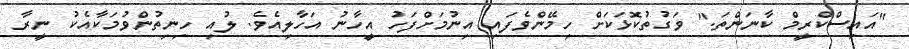
"އައިސްކްރީމް ކާނަންތަ." ވަގުތުކޮޅަކަށް ހިމޭންވެފައި އިނުމަށްފަހު އީހާނު އަހާލިއެވެ. ލުއި ހިނިތުންވުމަކާއެކު ނީރާ